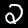
Label: 2